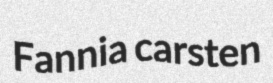
Fannia carsten